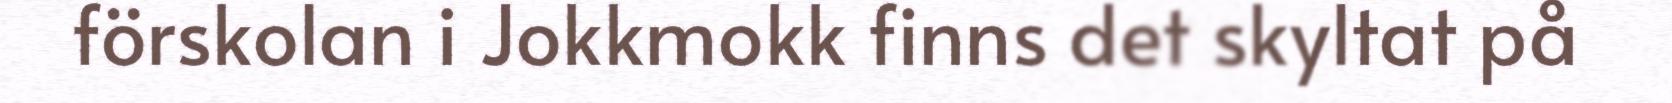
förskolan i Jokkmokk finns det skyltat på